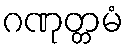
ဂဏုတ္တမံ